Vaccination North-Western Provinces and Oudh 1896-1901 - 1896-1901
Year: 1896
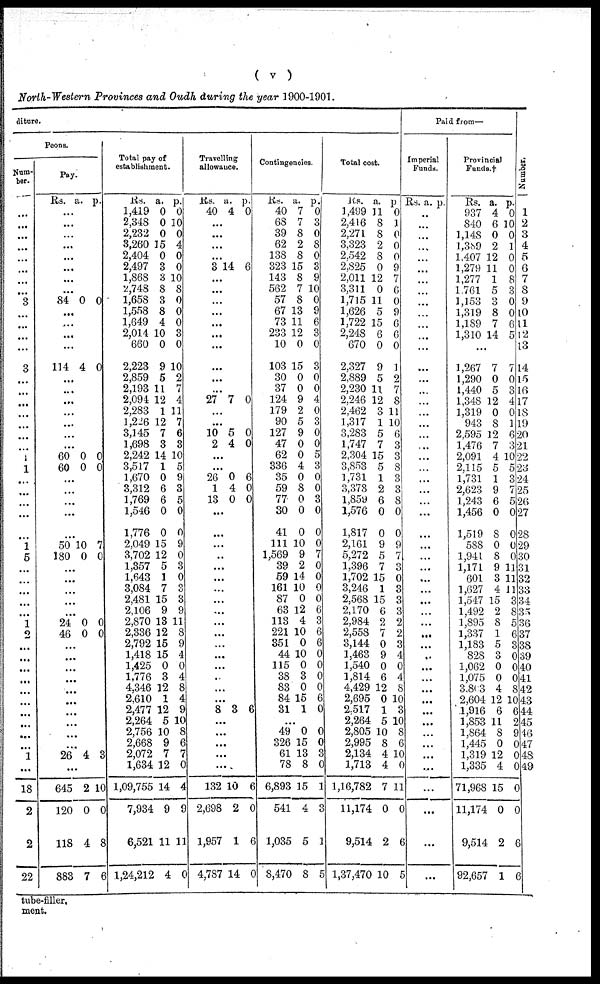
( v )
North-Western Provinces and Oudh during the year 1900-1901.
diture.
Peons.
Num-
ber.
...
...
...
...
...
...
...
...
3
...
...
...
...
3
...
...
...
...
...
...
...
1
1
...
...
...
...
...
1
5
...
...
...
...
...
1 2
...
...
...
...
...
...
...
...
...
...
1
...
18
2
2
22
Pay.
Rs. a. p.
...
...
...
...
...
...
...
...
84 0 0
...
...
...
...
114 4 0
...
...
...
...
...
...
...
60
60
0
0
0
0
...
...
...
...
...
50
180
10
0
7
0
...
...
...
...
...
24
46
0
0
0
0
...
...
...
...
...
...
...
...
...
...
26 4 3
...
645
120
118
883
2
0
4
7
10
0
8
6
Total pay of
establishment.
Rs.
1,419
2,348
2,232
3,260
2,404
2,497
1,868
2,748
1,658
1,558
1,649
2,014
660
2,223
2,859
2,193
2,094
2,283
1,226
3,145
1,698
2,242
3,517
1,670
3,312
1,769
1,546
1,776
2,049
3,702
1,357
1,643
3,084
2,481
2,106
2,870
2,336
2,792
1,418
1,425
1,776
4,346
2,610
2,477
2,264
2,756
2,668
2,072
1,634
1,09,755
7,934
6,521
1,24,212
a.
0
0
0
15
0
3
3
8
3
8
4
10
0
9
5
11
12
1
12
7
3
14
1
0
6
6
0
0
15
12
5
1
7
15
9
13
12
15
15
0
3
12
1
12
5
10
9
7
12
14
9
11
4
p.
0
10
0
4
0
0
10
8
0
0
0
3
0
10
2
7
4
11
7
6
3
10
5
9
3
5
0
0
9
0
3
0
3
3
9
11
8
9
4
0
4
8
4
9
10
8
6
7
0
4
9
11
0
Travelling
allowance.
Rs.
40
a.
4
p.
0
...
...
...
...
3 14 6
...
...
...
...
...
...
...
...
...
...
27 7 0
...
...
10
2
5
4
0
0
...
...
26
1
13
0
4
0
6
0
0
...
...
...
..
...
...
...
...
...
...
...
...
...
...
...
...
...
8 3 6
...
...
...
...
...
132
2,698
1,957
4,787
10
2
1
14
6
0
6
0
Contingencies.
Rs.
40
68
39
62
138
323
143
562
57
67
73
233
10
103
30
37
124
179
90
127
47
62
336
35
59
77
30
41
111
1,569
39
59
161
87
63
113
221
351
44
115
38
83
84
31
a.
7
7
8
2
8
15
8
7
8
13
11
12
0
15
0
0
9
2
5
9
0
0
4
0
8
0
0
0
10
9
2
14
10
0
12
4
10
0
10
0
3
0
15
1
p.
0
3
0
8
0
3
9
10
0
9
6
3
0
3
0
0
4
0
3
0
0
5
3
0
0
3
0
0
0
7
0
0
0
0
6
3
6
6
0
0
0
0
6
0
...
49
326
61
78
6,893
541
1,035
8,470
0
15
13
8
15
4
5
8
0
0
3
0
1
3
1
5
Total cost.
Rs.
1,499
2,416
2,271
3,323
2,542
2,825
2,011
3,311
1,715
1,626
1,722
2,248
670
2,327
2,889
2,230
2,246
2,462
1,317
3,283
1,747
2,304
3,853
1,731
3,373
1,859
1,576
1,817
2,161
5,272
1,396
1,702
3,246
2,568
2,170
2,984
2,558
3,144
1,463
1,540
1,814
4,429
2,695
2,517
2,264
2,805
2,995
2,134
1,713
1,16,782
11,174
9,514
1,37,470
a.
11
8
8
2
8
0
12
0
11
5
15
6
0
9
5
11
12
3
1
5
7
15
5
1
2
6
0
0
9
5
7
15
1
15
6
2
7
0
9
0
6
12
0
1
5
10
8
4
4
7
0
2
10
p.
0
1
0
0
0
9
7
6
0
9
6
6
0
1
2
7
8
11
10
6
3
3
8
3
3
8
0
0
9
7
3
0
3
3
3
2
2
3
4
0
4
8
10
3
10
8
6
10
0
11
0
6
5
Paid from—
Imperial
Funds.
Rs. a. p.
...
...
...
...
...
...
...
...
...
...
...
...
...
...
...
...
...
...
...
...
...
...
...
...
...
...
...
...
...
...
...
...
...
...
...
...
...
...
...
...
...
...
...
...
...
...
...
...
...
...
...
...
...
Provincial
Funds.†
Rs.
937
840
1,148
1,389
1,407
1,279
1,277
1,761
1,153
1,319
1,189
1,310
a.
4
6
0
2
12
11
1
5
3
8
7
14
p.
0
10
0
1
0
0
8
3
0
0
6
5
...
1,267
1,290
1,440
1,348
1,319
943
2,595
1,476
2,091
2,115
1,731
2,623
1,243
1,456
1,519
588
1,941
1,171
601
1,627
1,547
1,492
1,895
1,337
1,183
828
1,062
1,075
3,803
2,604
1,916
1,853
1,864
1,445
1,319
1,335
71,968
11,174
9,514
92,657
7
0
5
12
0
8
12
7
4
5
1
9
6
0
8
0
8
9
3
4
15
2
8
1
5
3
0
0
4
12
6
11
8
0
12
4
15
0
2
1
7
0
3
4
0
1
6
3
10
5
3
7
5
0
0
0
0
11
11
11
3
8
5
6
3
0
0
0
8
10
6
2
9
0
0
0
0
0
6
6
Number.
1
2
3
4
5
6
7
8
9
10
11
12
13
14
15
16
17
18
19
20
21 22
23
24
25
26
27
28
29
30
31
32
33
34
35
36
37
38
39
40
41
42
43
44
45
46
47
48
49
tube-filler.
ment.